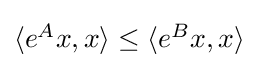
{\textstyle \langle e^{A}x,x\rangle \leq \langle e^{B}x,x\rangle }